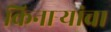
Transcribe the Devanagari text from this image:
किनाऱ्‍यांचा